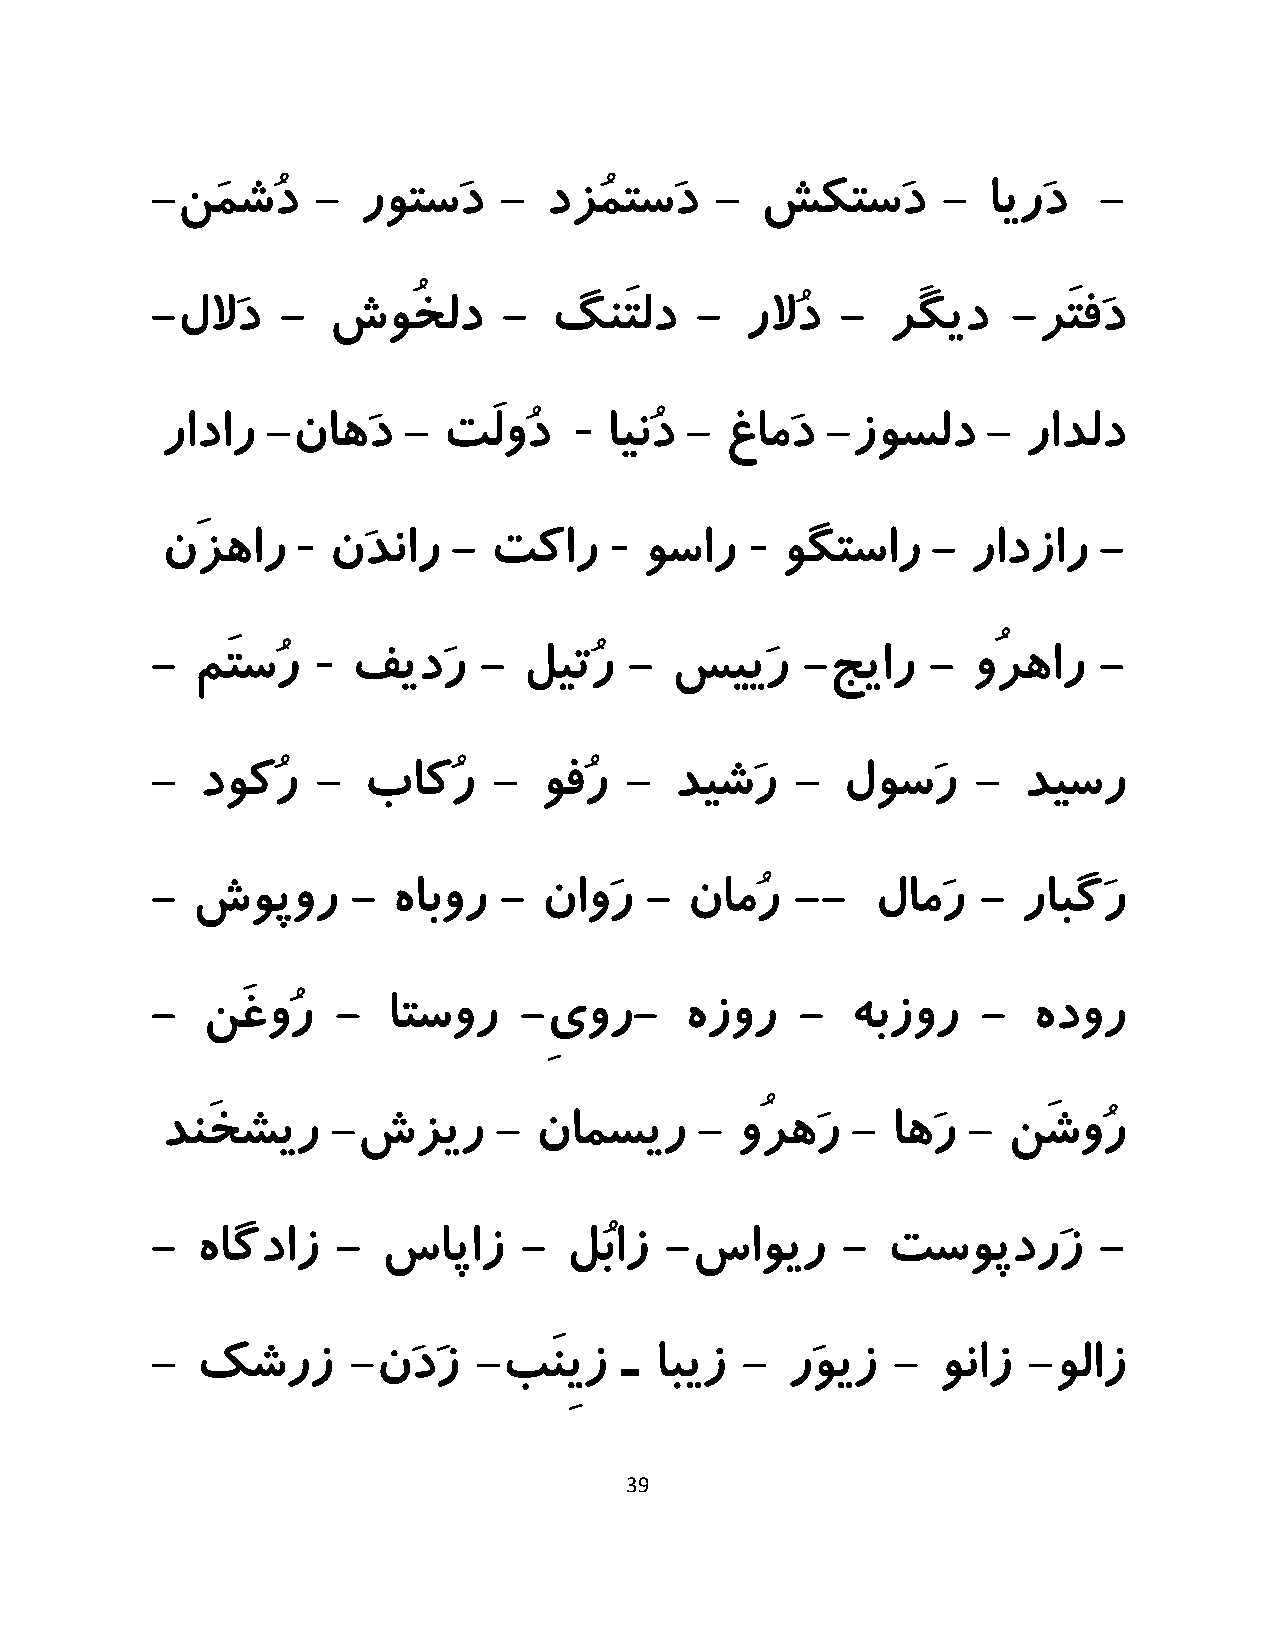
-نَمشُد    -  روتسَد   -  دزُمتسَد   -  شکتسَد      -  ایرَد   -
 -للاَد   -  شوُخلد     -  گنَتلد    -  رلاُد  -  رَگید   -رَتفَد
 -
 رادار  -ناهَد   - تَلوُد     اینُد - غامَد  -زوسلد    -  رادلد
 -                   -         -
 نَزهار     نَدنار  - تکار       وسار     وگتسار    - رادزار   -
 -
 -  مَتسُر    فیدَر    -  لیتُر  - سییَر    -جیار   -  وُرهار   -
 -  دوکُر   -  باکُر    -  وفُر -   دیشَر   -  لوسَر    -  دیسر
 -  شوپور     -  هابور  -  ناوَر  - نامُر   --   لامَر  -  رابگَر
 -  نَغوُر   -   اتسور   -ِیور-     هزور    -  هبزور    -  هدور
 دنَخشیر    -شزیر      - نامسیر     -  وُرهَر -  اهَر -  نَشوُر
 -  هاگداز   -  ساپاز    -  لُباز  -ساویر      -  تسوپدرَز      -
 -  کشرز      -نَدَز  -بَنِیز   ـ ابیز  -  رَویز  -  وناز  -ولاز
 39